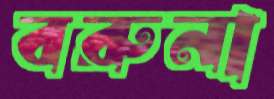
বরুনা